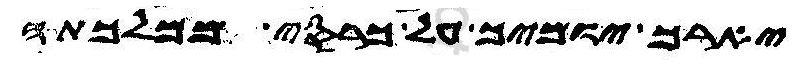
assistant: יארך יומים על כרסי ממלכתה